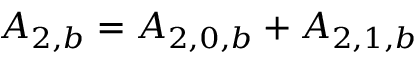
{ A _ { 2 , b } } = { A _ { 2 , 0 , b } } + { A _ { 2 , 1 , b } }